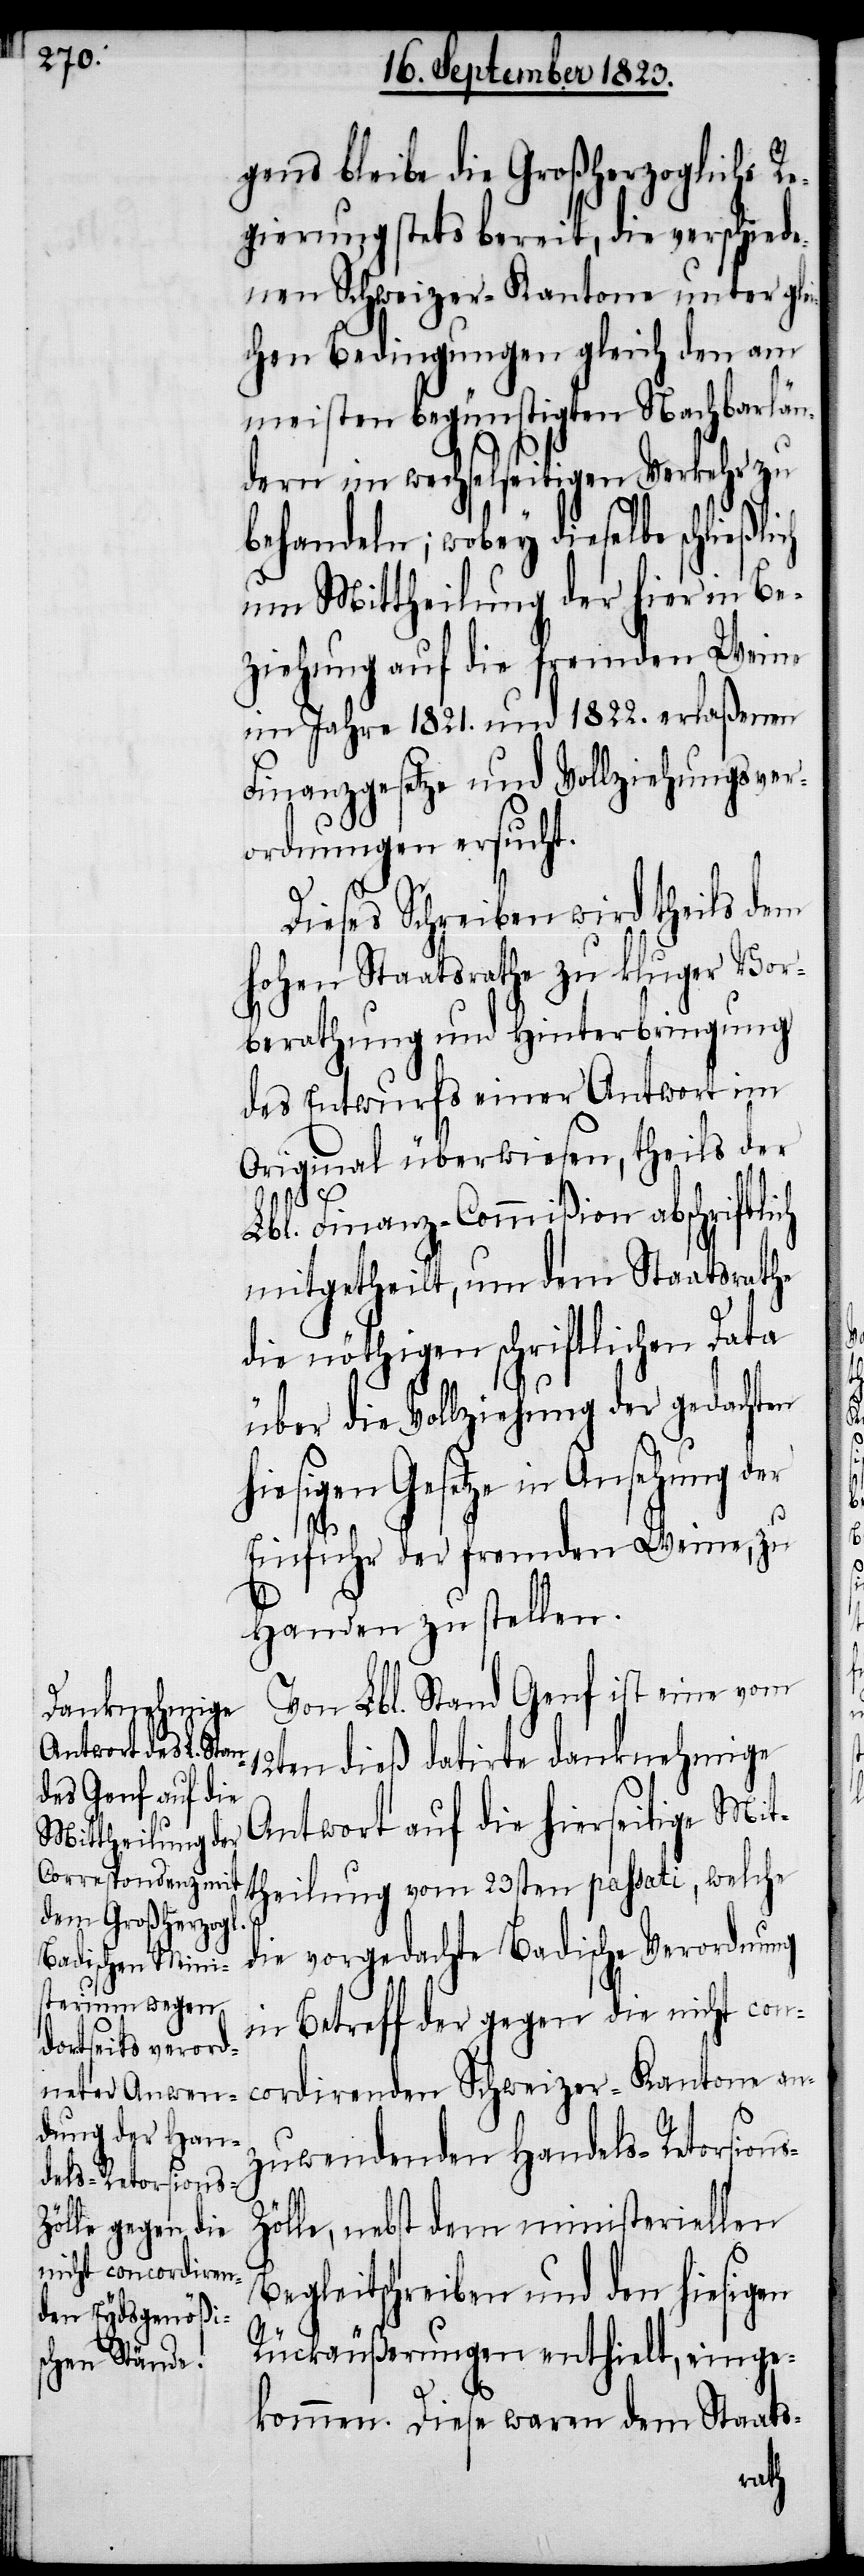
s-Z¬

gens bleibe die Großherzogliche Re¬
gierung stets bereit, die verschiede¬
nen Schweizer-Kantone unter glei¬
chen Bedingungen gleich den am
meisten begünstigten Nachbarlän¬
dern im wechselseitigen Verkehr zu
behandeln; wobey dieselbe schließli¬
um Mittheilung der hier in Be¬
ziehung auf die fremden Weine
im Jahre 1821. und 1822. erlaßenen
Finanzgesetze und Vollziehungsver¬
ordnungen ersucht.
Dieses Schreiben wird theils dem
hohen Staatsrathe zu kluger Vor¬
berathung und Hinterbringung
des Entwurfs einer Antwort im
Original überwiesen, theils der
Lbl. Finanz-Commißion abschriftlich
mitgetheilt, um dem Staatsrath
die nöthigen schriftlichen Data
über die Vollziehung der gedachten
hiesigen Gesetze in Ansehung der
ch
Einfuhr der fremden Weine, zu
Handen zu stellen.
Von Lbl. Stand Genf ist eine vom
12ten dieß datirte danknehmige
Antwort auf die hierseitige Mit¬
theilung vom 23sten passati, welche
die vorgedachte Badische Verordnung
in Betreff der gegen die nicht con¬
cordirenden Schweizer-Kantone an¬
zuwendenden Handels-Retorsion¬
ölle, nebst dem ministeriellen
Begleitschreiben und den hiesigen
Rückäußerungen enthielt, einge¬
kommen. Diese waren dem Staats-